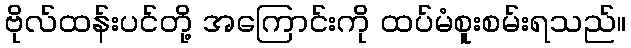
ဗိုလ်ထန်းပင်တို့ အကြောင်းကို ထပ်မံစူးစမ်းရသည်။